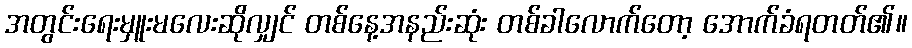
အတွင်းရေးမှူးမလေးဆိုလျှင် တစ်နေ့အနည်းဆုံး တစ်ခါလောက်တော့ အောက်ခံရတတ်၏။